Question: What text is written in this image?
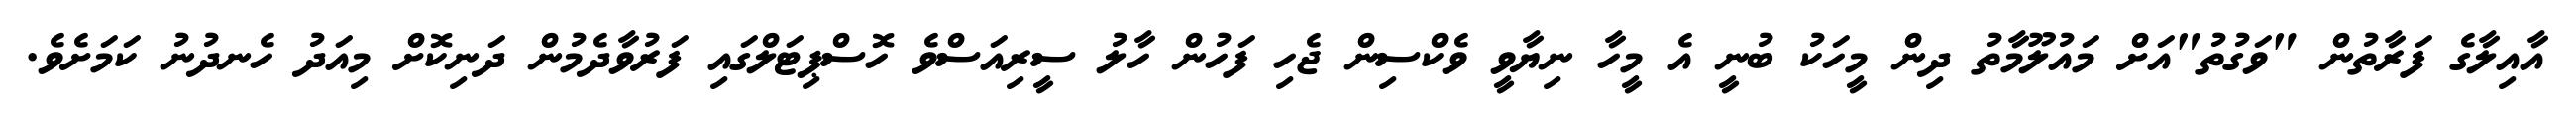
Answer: އާއިލާގެ ފަރާތުން "ވަގުތު"އަށް މައުލޫމާތު ދިން މީހަކު ބުނީ އެ މީހާ ނިޔާވީ ވެކްސިން ޖެހި ފަހުން ހާލު ސީރިއަސްވެ ހޮސްޕިޓަލްގައި ފަރުވާދެމުން ދަނިކޮށް މިއަދު ހެނދުނު ކަމަށެވެ.